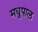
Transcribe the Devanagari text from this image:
मधुपाल